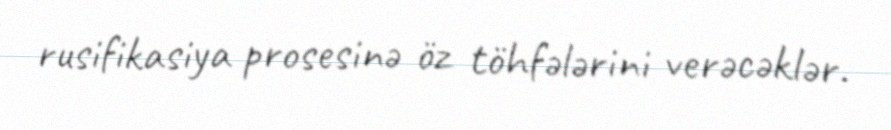
rusifikasiya prosesinə öz töhfələrini verəcəklər.